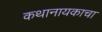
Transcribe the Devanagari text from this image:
कथानायकाचा